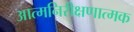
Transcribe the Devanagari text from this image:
आत्मनिरीक्षणात्मक